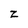
Character: z